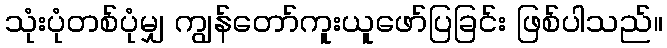
သုံးပုံတစ်ပုံမျှ ကျွန်တော်ကူးယူဖော်ပြခြင်း ဖြစ်ပါသည်။